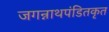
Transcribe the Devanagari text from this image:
जगन्नाथपंडितकृत